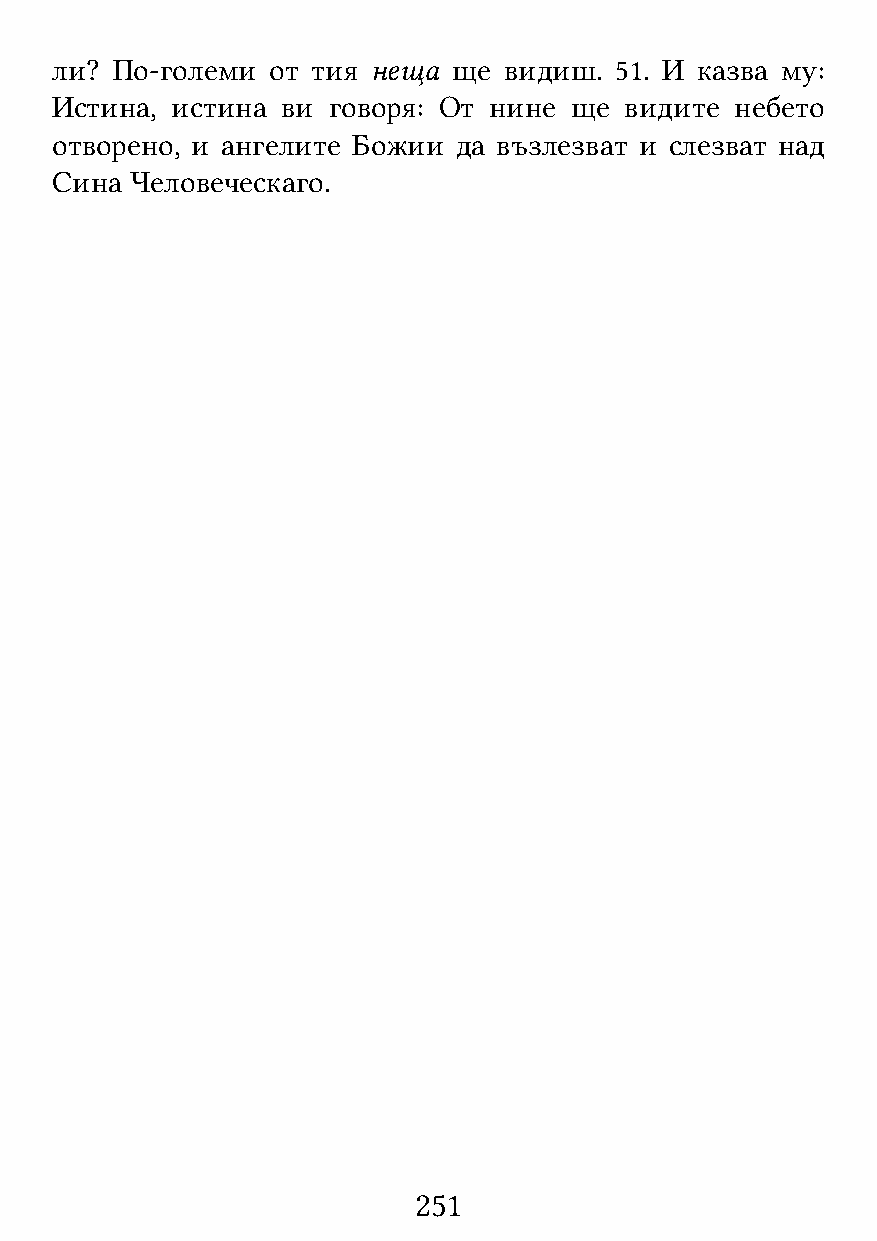
ли? По-големи  от тия неща ще видиш.  51. И казва му:
 Истина, истина  ви говоря: От нине ще видите  небето
 отворено, и ангелите Божии да възлезват и слезват над
 Сина  Человеческаго.
 251